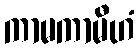
ကာမကာမီဟံ